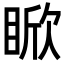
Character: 𪾯